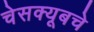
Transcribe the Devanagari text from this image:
चेसक्यूबचे